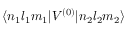
\langle n _ { 1 } l _ { 1 } m _ { 1 } | V ^ { ( 0 ) } | n _ { 2 } l _ { 2 } m _ { 2 } \rangle